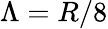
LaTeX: \Lambda=R/8